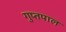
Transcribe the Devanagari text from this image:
गुप्तपाल